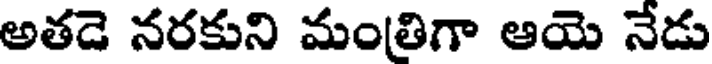
అతడె నరకుని మంతిగా ఆయె నేడు